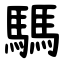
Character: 騳